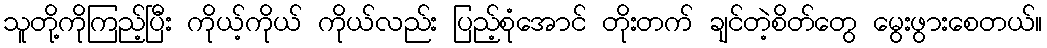
သူတို့ကိုကြည့်ပြီး ကိုယ့်ကိုယ် ကိုယ်လည်း ပြည့်စုံအောင် တိုးတက် ချင်တဲ့စိတ်တွေ မွေးဖွားစေတယ်။